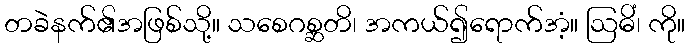
တခဲနက်၏အဖြစ်သို့။ သစေဂစ္ဆတိ၊ အကယ်၍ရောက်အံ့။ ဩဓိံ၊ ကို။